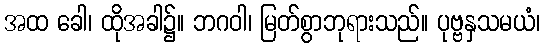
အထ ခေါ၊ ထိုအခါ၌။ ဘဂဝါ၊ မြတ်စွာဘုရားသည်။ ပုဗ္ဗနှသမယံ၊